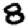
Digit: 8